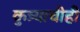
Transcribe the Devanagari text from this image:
कुत्र्याचीही